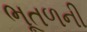
ભૂતળની